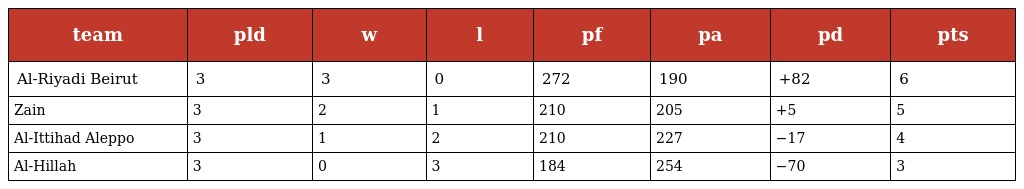
| team | pld | w | l | pf | pa | pd | pts |
 | --- | --- | --- | --- | --- | --- | --- | --- |
 | Al-Riyadi Beirut | 3 | 3 | 0 | 272 | 190 | +82 | 6 |
 | Zain | 3 | 2 | 1 | 210 | 205 | +5 | 5 |
 | Al-Ittihad Aleppo | 3 | 1 | 2 | 210 | 227 | −17 | 4 |
 | Al-Hillah | 3 | 0 | 3 | 184 | 254 | −70 | 3 |